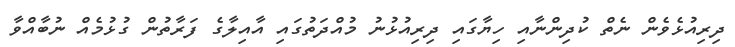
ދިރިއުޅެވެން ނެތް ކުދިންނާއި ހިޔާގައި ދިރިއުޅުނު މުއްދަތުގައި އާއިލާގެ ފަރާތުން ގުޅުމެއް ނުބާއްވާ